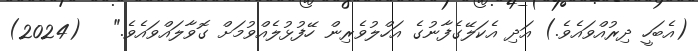
(އެބަހީ ދިރުއްވައެވެ.) އަދި އެކަލޭގެފާނުގެ އަހްލުވެރިން ހޭފުޅުލެއްވުމަށް ގޮވާލައްވައެވެ."   (2024)